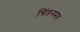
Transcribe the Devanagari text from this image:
चिंतनमय